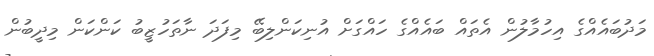
މަދުބައެއްގެ އިހުމާލުން އެތައް ބައެއްގެ ހައްގަށް އުނިކަންލިބޭ މިފަދަ ނާތަހުޒީބު ކަންކަން މިދީބުން